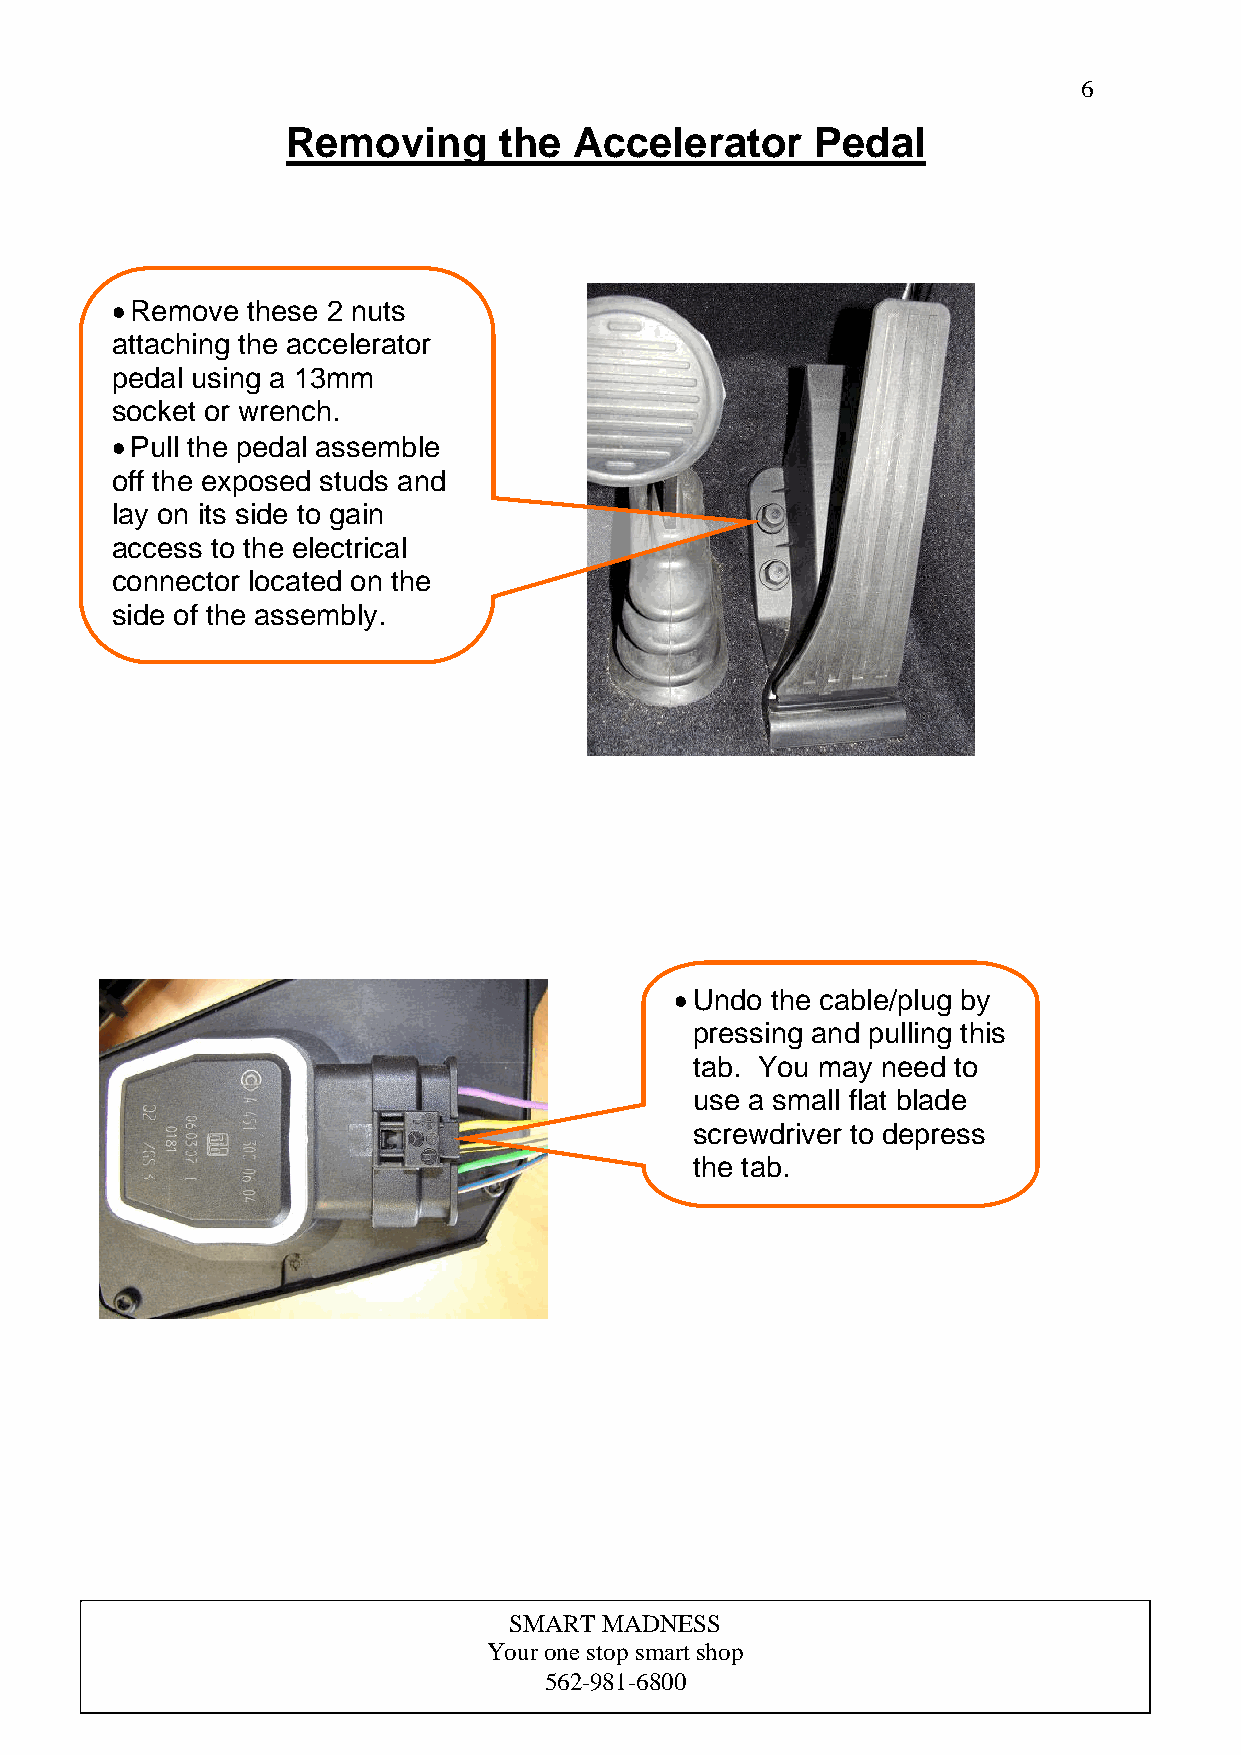
6
 Removing      the  Accelerator     Pedal
 • Remove these 2 nuts
 attaching the accelerator
 pedal using a 13mm
 socket or wrench.
 • Pull the pedal as semble
 off the exposed stu ds and
 lay on its side to g ain
 access to the electrical
 connector located on the
 side of the assemb ly.
 • Undo the cable/plug by
 pressing and pulling this
 tab. You may need to
 use a small flat blade
 screwdriver to depress
 the tab.
 SMART M ADNESS
 Your one stop smart shop
 562-981-6800